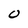
Character: 0